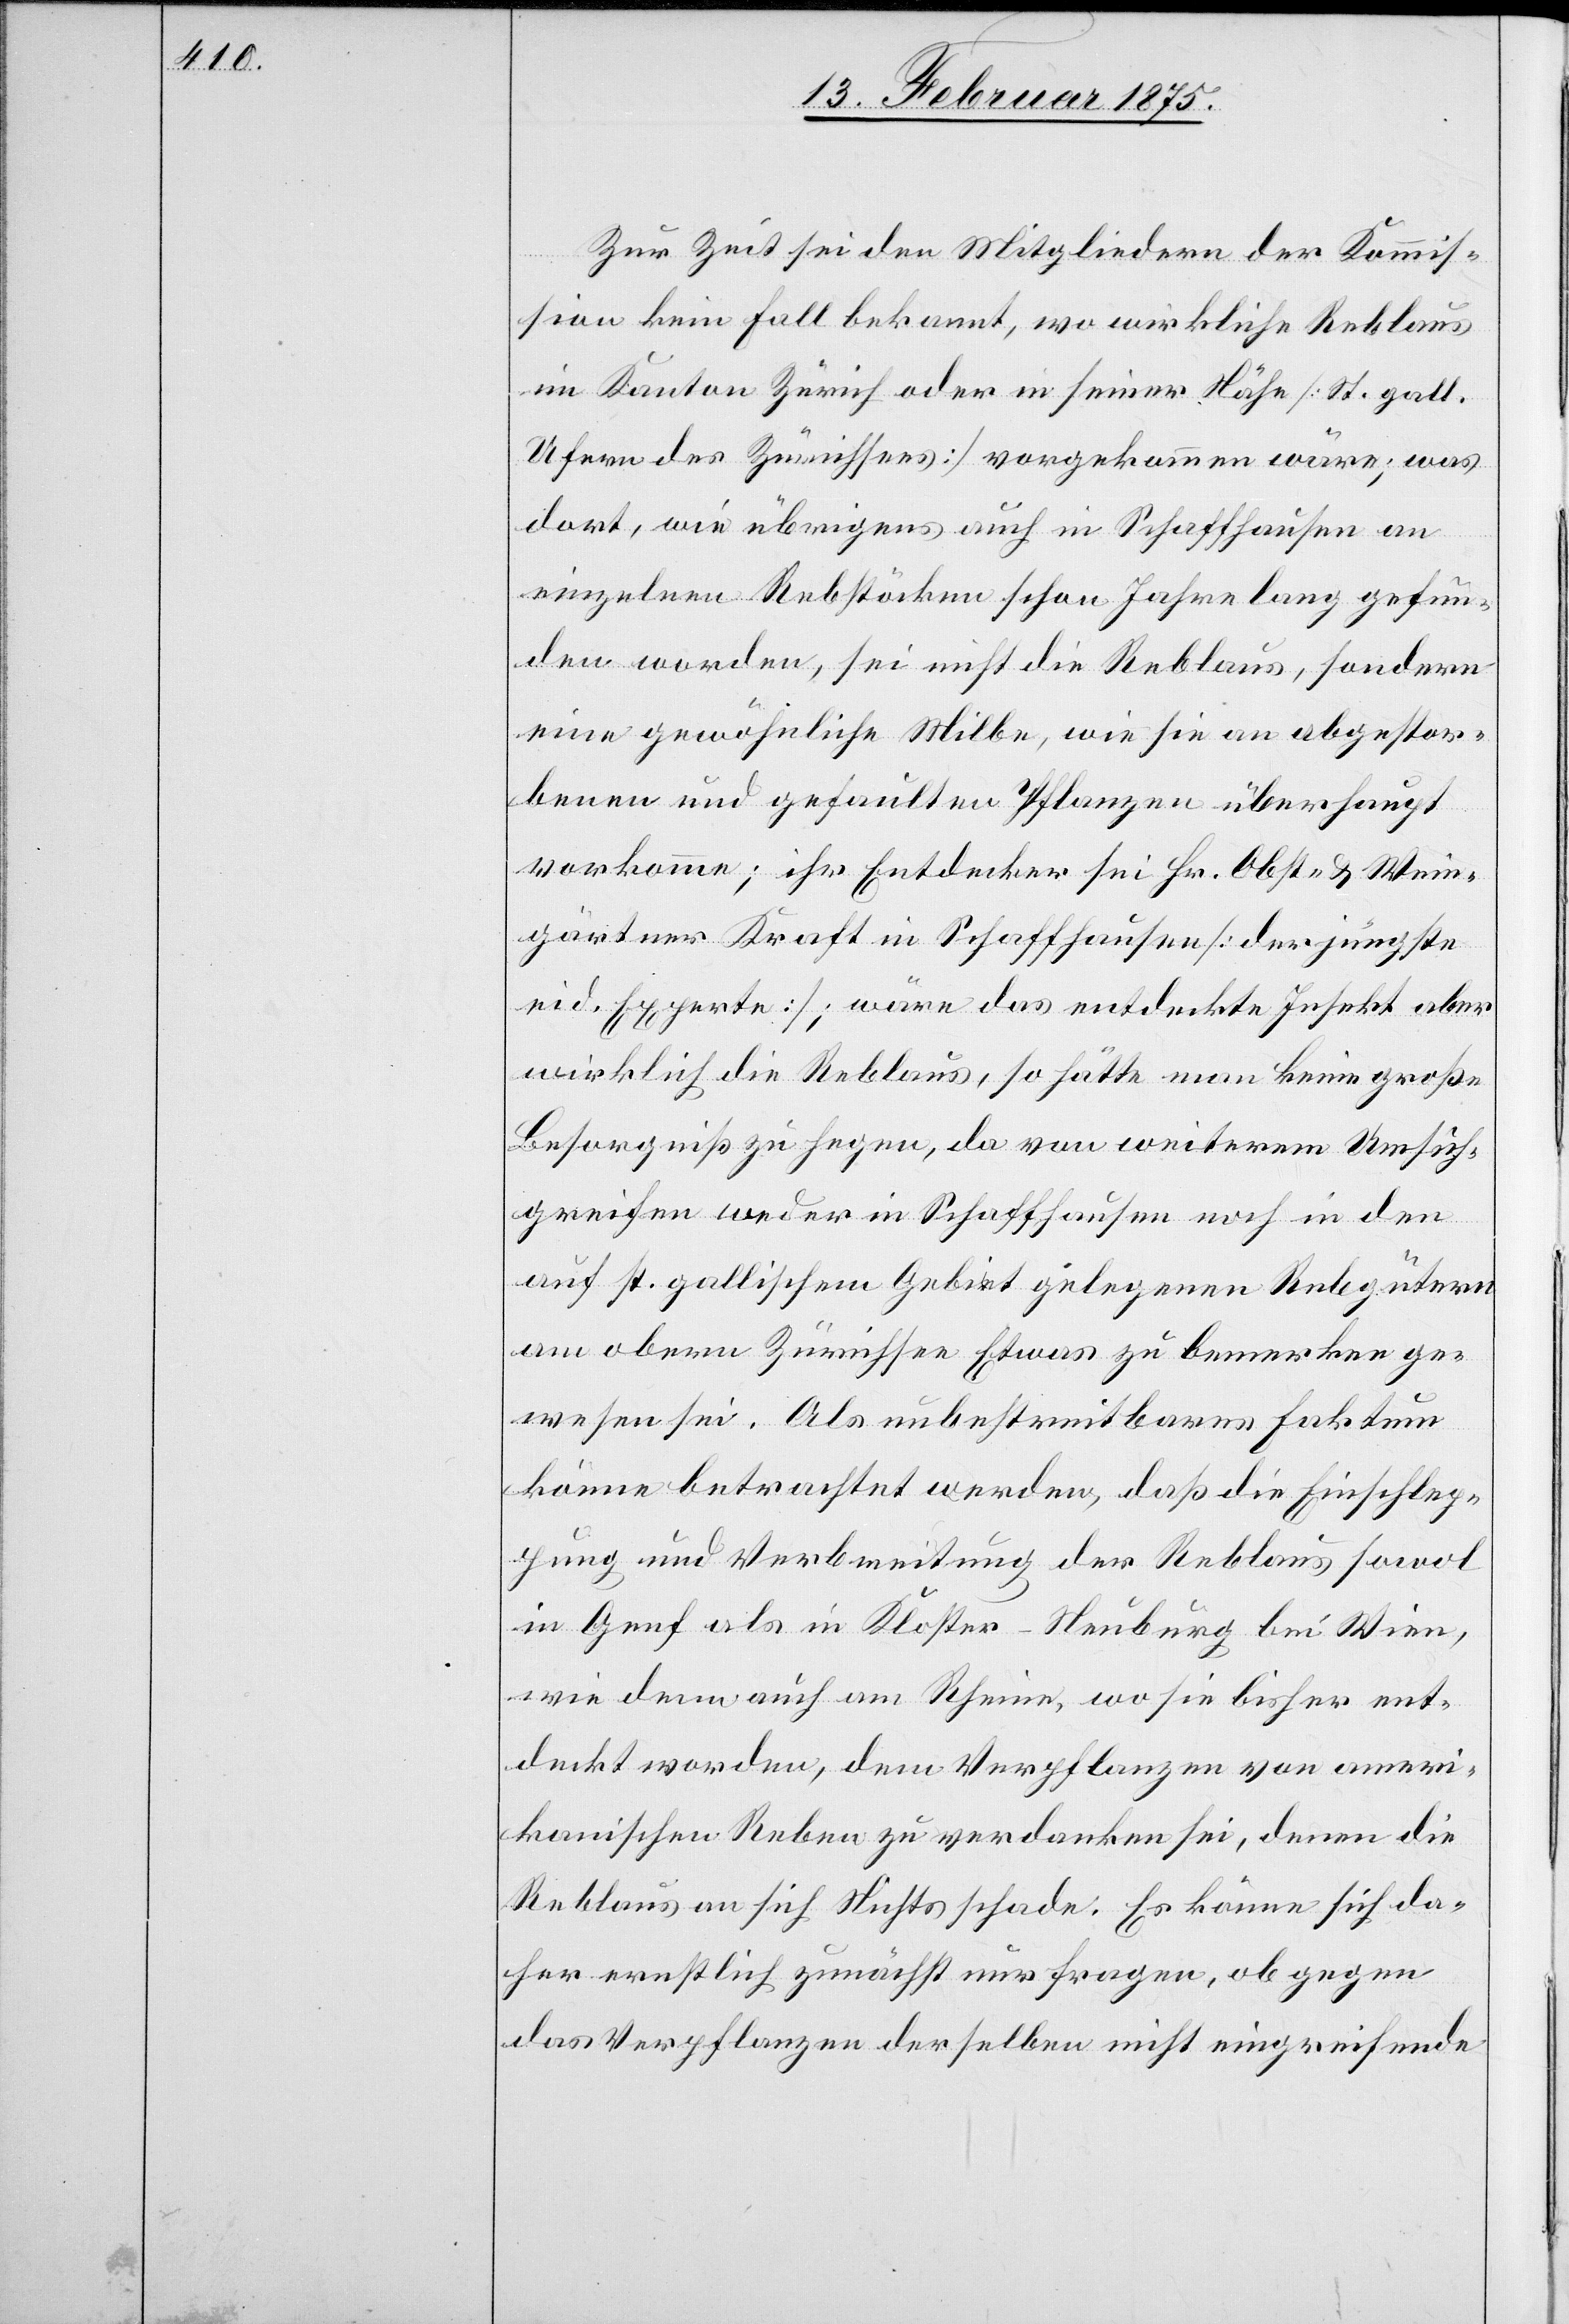
Zur Zeit sei den Mitgliedern der Kommis¬
sion kein Fall bekannt, wo wirkliche Reblaus
im Kanton Zürich oder in seiner Nähe (St. gall.
Ufern des Zürichsees) vorgekommen wäre; was
dort, wie übrigens auch in Schaffhausen an
einzelnen Rebstöcken schon Jahre lang gefun¬
den worden, sei nicht die Reblaus, sondern
eine gewöhnliche Milbe, wie sie an abgestor¬
benen und gefaulten Pflanzen überhaupt
vorkomme; ihr Entdecker sei Hr. Obst- & Wein¬
gärtner Kraft in Schaffhausen (der jüngste
eid. Experte); wäre das entdeckte Infekt aber
wirklich die Reblaus, so hätte man keine große
Besorgnis zu hegen, da von weiterem Umsich¬
greifen weder in Schaffhausen noch in den
auf st. gallischem Gebiet gelegenen Rebgütern
am obern Zürichsee Etwas zu bemerken ge¬
wesen sei. Als unbestreitbares Faktum
könne betrachtet werden, daß die Einschlep¬
pung und Verbreitung der Reblaus sowol
in Genf als in Kloster-Neuburg bei Wien,
wie denn auch am Rheine, wo sie bisher ent¬
deckt worden, dem Verpflanzen von ameri¬
kanischen Reben zu verdanken sei, denen die
Reblaus an sich Nichts schade. Es könne sich da¬
her ernstlich zunächst nur fragen, ob gegen
das Verpflanzen derselben nicht eingreifende